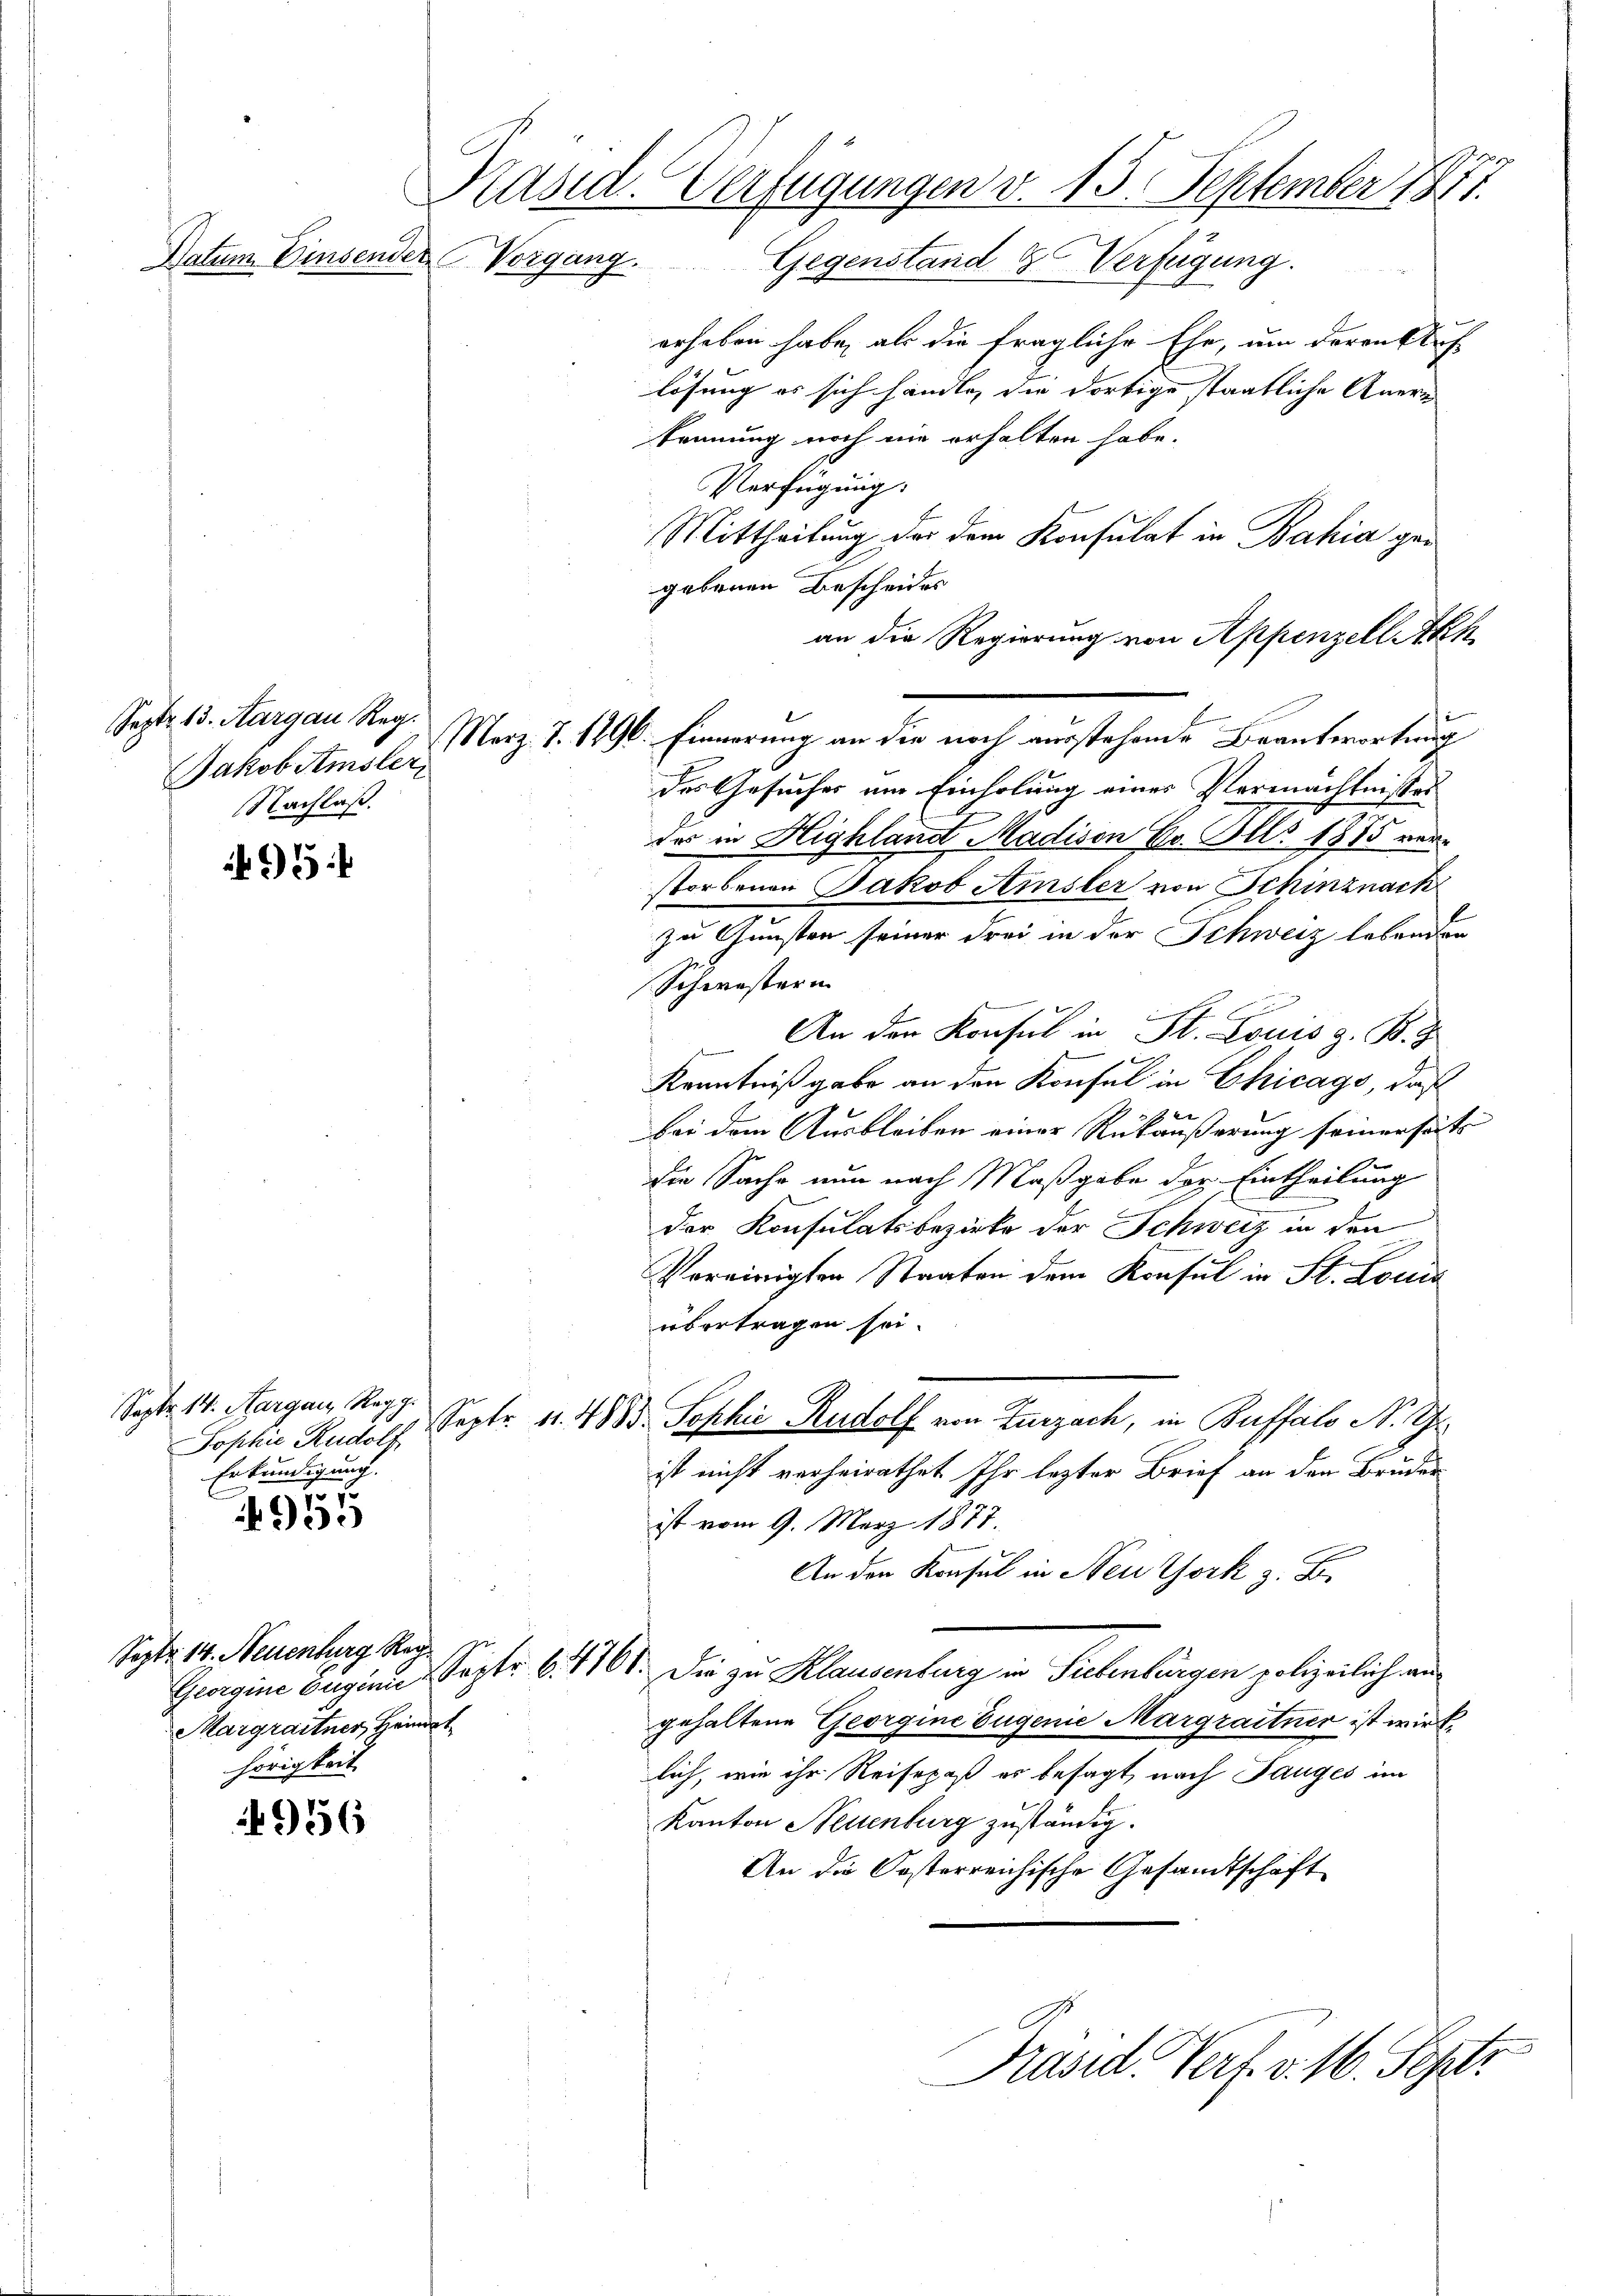
Käsid. Verfügungen v. 15. September 1941.
Natum Einsender Vorgang.
Gegenstand & Verfügung.

Sept. 13. Aargau Reg.
Jakob Amsler,
NNachlaß.

95

955

956

erheben habe, als die fragliche Ehe, um deren Auf-
lösung es sich handle, die dortige staatliche Anerkennung noch nie erhalten habe.
Verfügung:
Mittheilung der dem Konsulat in Bahia gegebenen Bescheides
an die Regierung von Appenzell Akk
Marz. J. 1796. Einnerung an die noch ausstehende Beantwortung
des Gesuches am Einholung eines Vermächtnisses
des in Highland Madison Co. Alls 1875 vorstorbenen Jakob Ainsler von Schinznach
zu Gunsten seiner Frei in der Schweiz lebenden
Schwesterin
 An den Konsul in St. Louis z. B. Z
Kenntniß gabe an den Konsul in Chicago, daß
bei dem Ausbleiben einer Rükäußerung seinerseits
die Sache nun nach Maßgabe der Eintheilung

der Konsulatsbezirke der Schweiz in den
e
Vereinigten Staaten dem Konsul in St. Louis
übertragen sei.
Sept. 11. 48 B. Sophie Rudolf von Zurzach, in Buffalo N. Z.
ist nicht verheirathet Ihr lezter Brief an den Bruder
ist vom 9. März 1877.
An den Konsul in Neuthork z. B.
Graine beginn Septe 6. 1761. Die zu Klauenburg in Fiebenbürgen polizeilich an
gehaltene Georgine Eugenie Margrattner ist wirklich, wie ihr Reisepaß es besagt, nach Tauges im
Kanton Neuenburg zuständig.
An die Kosterreichische Gesandtschaft

Sept. 14. Aargau, Regg.
Tophie Rudolf
Erkundigung.

Sept. 14. Neuenburg Reg.
Margraitner, Heindet
hörigkeit.

u
Präsid. Verf. v. 16. Septi